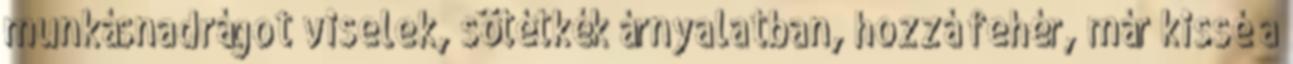
munkásnadrágot viselek, sötétkék árnyalatban, hozzá fehér, már kissé a